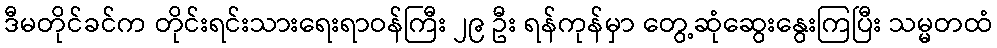
ဒီမတိုင်ခင်က တိုင်းရင်းသားရေးရာဝန်ကြီး ၂၉ ဦး ရန်ကုန်မှာ တွေ့ဆုံဆွေးနွေးကြပြီး သမ္မတထံ